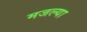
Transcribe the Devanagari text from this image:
मजल्या